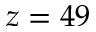
z = 4 9